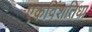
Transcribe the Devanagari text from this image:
एकविंशतिधा